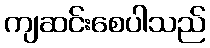
ကျဆင်းစေပါသည်